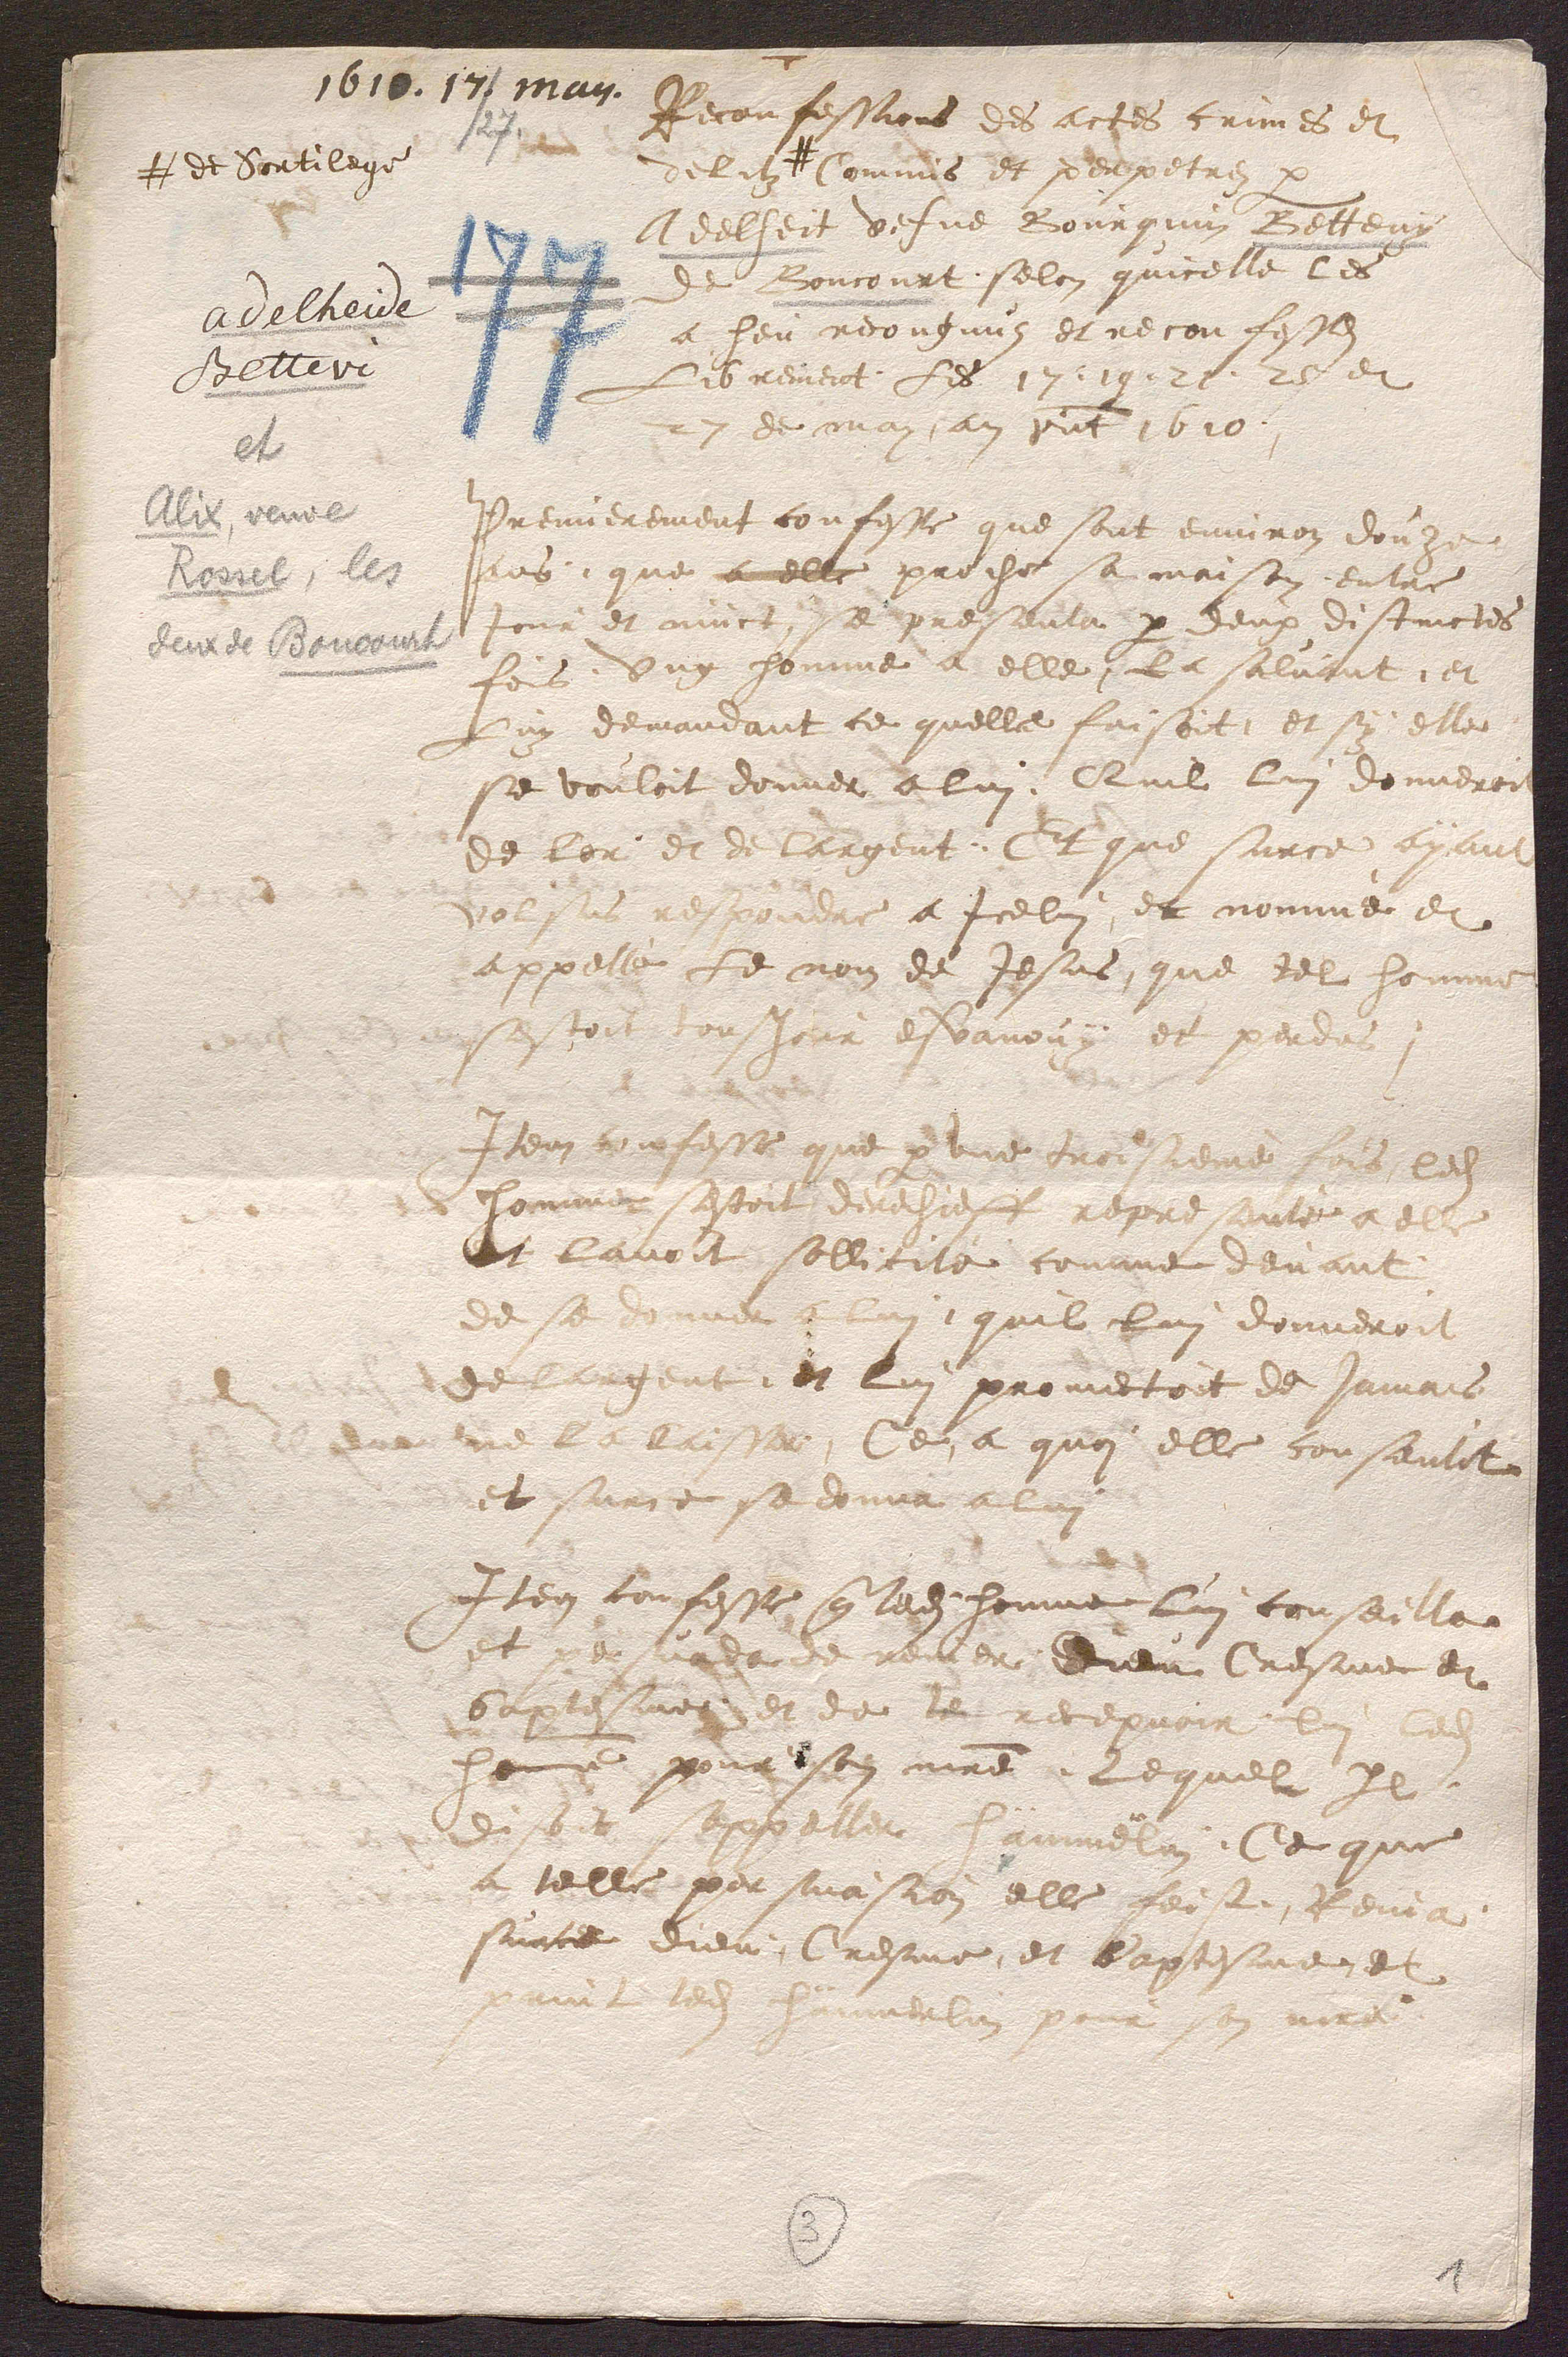
1610. 17./ may.
Reconfessions des actes crimes et
27.
# de Sortilege
delitz # Commis et perpetrez par
Adelheit vefve Bourquin Betteny
De Boncourt, selon quicelle les
a heu recongnus et reconfesses
Librement, Les 17 : 19. 21. 25 et
27 de may an présent 1610
Premierement confesse que sont environ douze
ans, que a elle proche sa maison, entre
jour et nuict, se presenta par deux distinctes
fois, Ung homme a elle, la saluant, et
Luy demandant ce quelle faisoit, et sy elle
se vouloit donner a lui. Quil Lui donneroit
de lor et de largent. Et que surce ayant
volsus respondre a Icelui, et nommé et
appellé Le nom de Jesus, que tel homme
sestoit tousjour esvanouy et perdus.
Item confesse que par une troisieme fois, ledit
homme sestoit derechieff representé a elle
Et lavoit sollicité comme devant,
de se donner a lui, quil lui donneroit
de largent, et lui promectoit de jamais
ne la laisser, Ce, a quoi elle consentit
et surce se donna a lui
Item confesse que ledit homme lui conseilla
et persuada de renier Dieu Cresme et
baptesme et de le recepvoir lui ledit
homme pour son maître Lequel Il
disoit sappeller Hämmerlin, Ce que
a telle persuasion elle feist. Renia
surce dieu, Cresme, et Baptesme et
rint ledit hämmerlin pour son maitre.